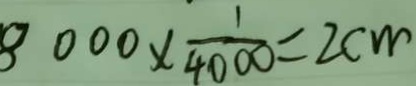
8 0 0 0 \times \frac { 1 } { 4 0 0 0 } = 2 c m